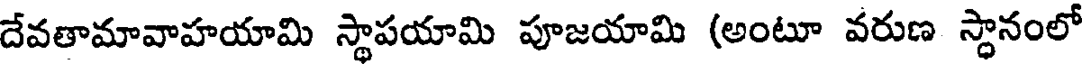
దేవతామావాహయామి స్థాపయామి పూజయామి (అంటూ వరుణ స్థానంలో